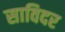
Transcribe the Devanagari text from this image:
साविदर